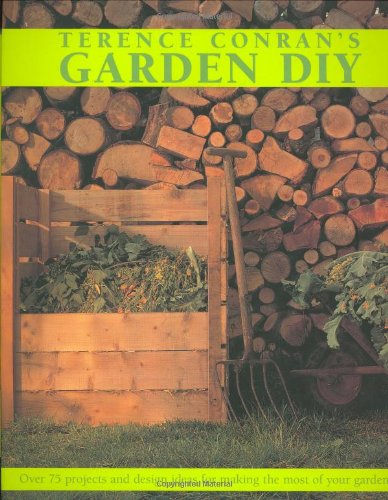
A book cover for Terence Conran's Garden DIY: Over 75 Projects and Design Ideas for Making the Most of Your Garden; Terence Conran; Crafts, Hobbies & Home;